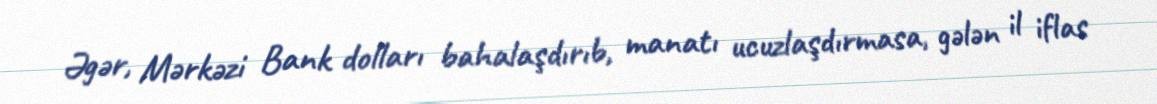
Əgər, Mərkəzi Bank dolları bahalaşdırıb, manatı ucuzlaşdırmasa, gələn il iflas